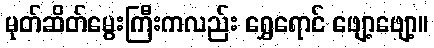
မုတ်ဆိတ်မွေးကြီးကလည်း ရွှေရောင် ဖျော့ဖျော့။